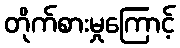
တိုက်စားမှုကြောင့်